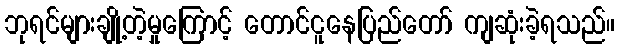
ဘုရင်များချို့တဲ့မှုကြောင့် တောင်ငူနေပြည်တော် ကျဆုံးခဲ့ရသည်။